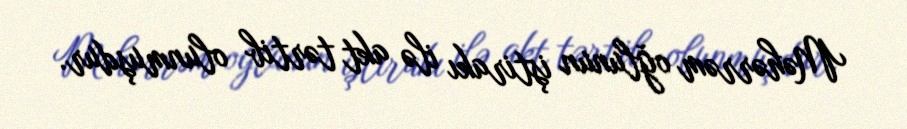
Məhərrəm oğlunun iştirakı ilə akt tərtib olunmuşdur.